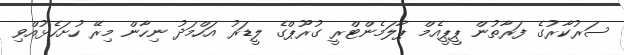
ސަރުކާރުގެ ފަރާތުން ޕީޕީއެމް ޕާލަމެންޓްރީ ގުރޫޕްގެ ލީޑަރު އަހްމަދު ނިހާން މިރޭ ހުށަހެޅުއްވި